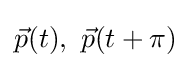
{\vec {p}}(t),\ {\vec {p}}(t+\pi )